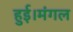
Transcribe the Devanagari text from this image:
हुई।मंगल